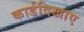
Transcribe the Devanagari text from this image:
कार्डदिखाए